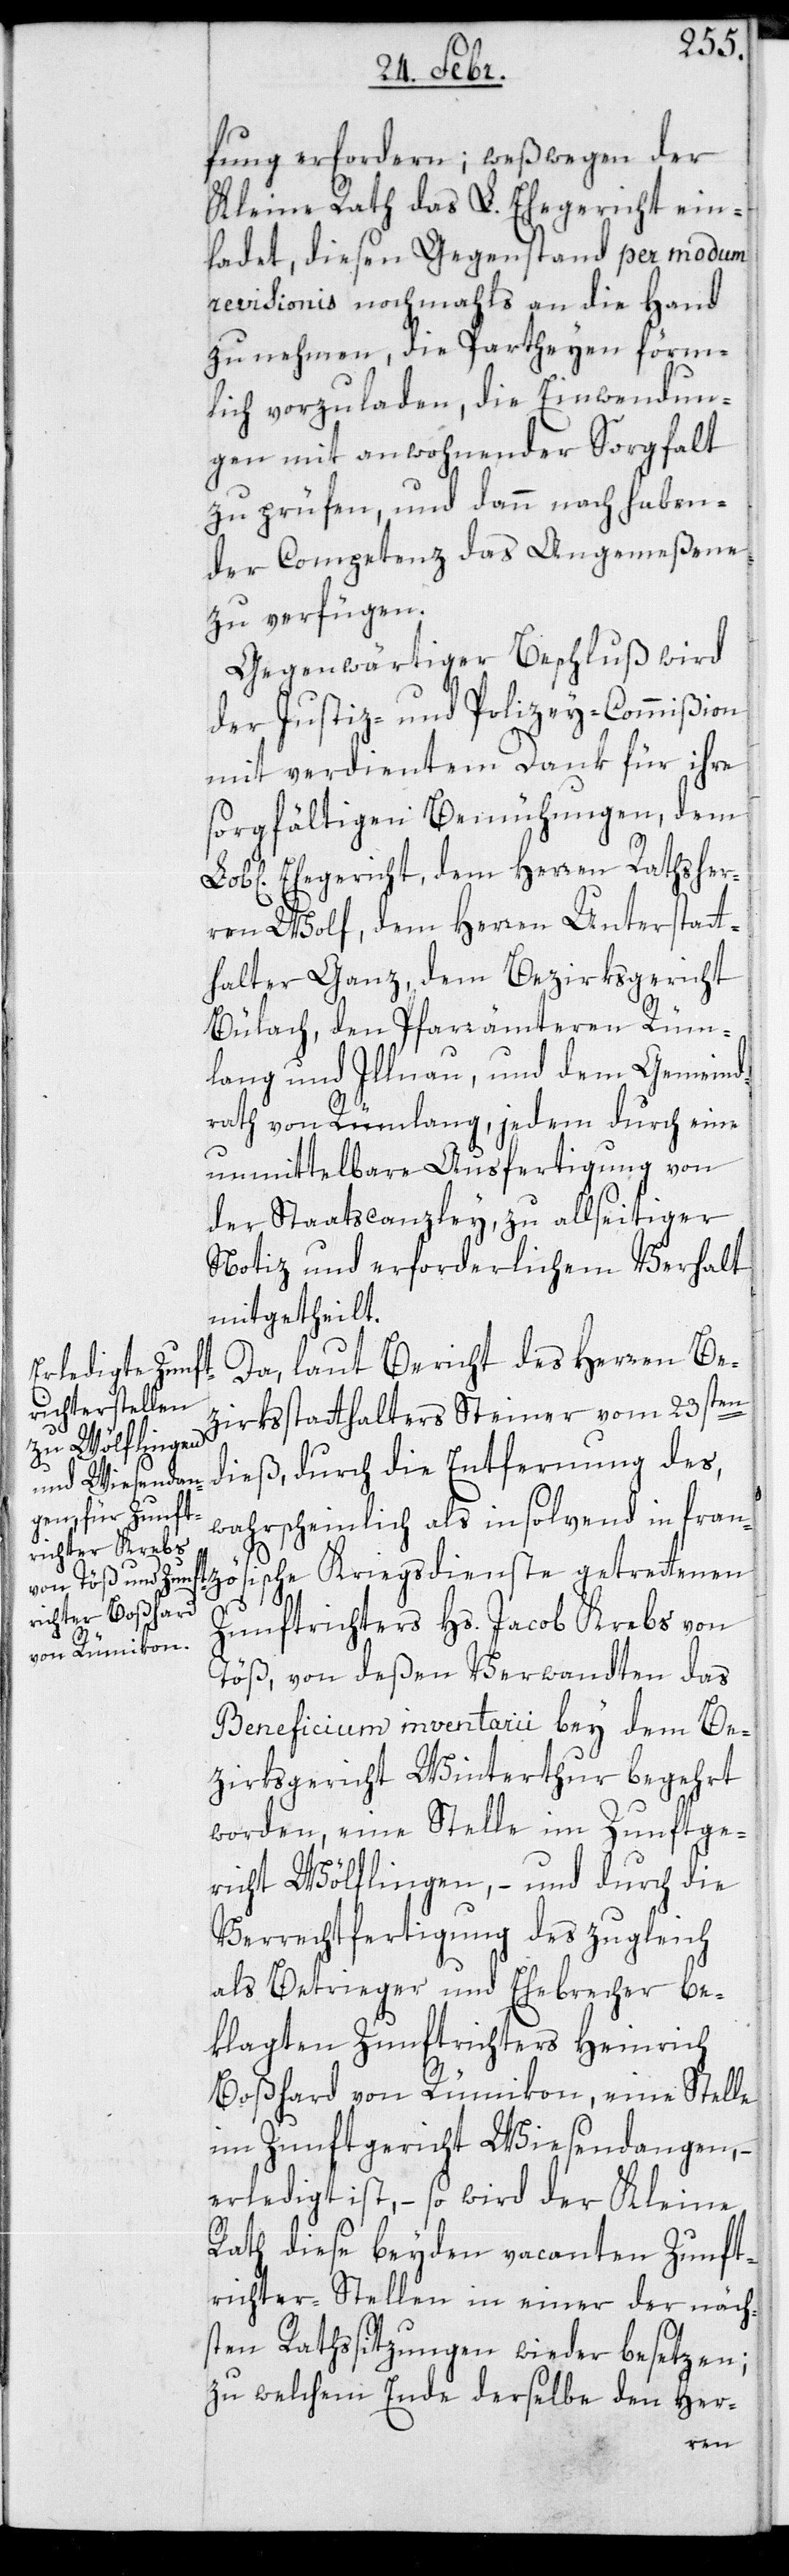
fung erfordern; weßwegen der
Kleine Rathdas L. Ehegericht ein¬
ladet, diesen Gegenstand per modum
revisionis nochmahls an die Hand
zu nehmen, die Partheyen förm¬
lich vorzuladen, die Einwendun¬
gen mit anwohnender Sorgfalt
zu prüfen und dann nach haben¬
der Competenz das Angemeßene
zu verfügen.
Gegenwärtiger Beschluß wird
der Justiz- und Polizeycommißion
mit verdientem Dank für ihre
sorgfältigen Bemühungen, dem
Ehegericht, dem Herren Rathsher¬
ren Wolf, dem Herren Unterstatt¬
halter Ganz, dem Bezirksgericht
Bülach, den Pfarrämteren Rüm¬
lang und Illnau und dem Gemeind¬
Rathvon Rümlang, jedem durch eine
unmittelbare Ausfertigung von
der Staatscanzley, zu allseitiger
Notiz und erforderlichem Verhalt
mitgetheilt.
Da laut Bericht des Herren Be¬
zirksstatthalters Steiner vom 23sten
dieß, durch die Entfernung des
wahrscheinlich als insolvent in fran¬
zösische Kriegsdienste getretenen
Zunftrichters Hs. Jacob Krebs von
Töß, von deßen Verwandten das
Beneficium inventarii bey dem Be¬
zirksgericht Winterthur begehrt
worden, eine Stelle im Zunftge¬
richt Wölfingen, – und durch die
Verrechtfertigung des zugleich
als Betrieger und Ehebrecher be¬
klagten Zunftrichters Heinrich
Boßhard von Rümikon, eine Stelle
im Zunftgericht Wiesendangen,
erledigt ist, – so wird der Kleine
Rath diese beyden vacanten Zunft¬
richter-Stellen in einer der näch¬
sten Rathssitzungen wieder besetzen;
zu welchem Ende derselbe den Her-